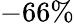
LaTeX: -66\%